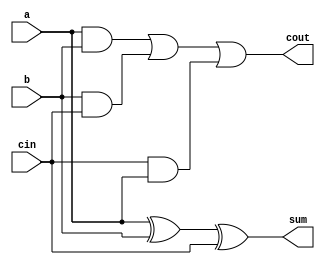
`timescale 1ns / 1ps
//////////////////////////////////////////////////////////////////////////////////
// Company: 
// Engineer: 
// 
// Design Name: 
// Module Name:    two-bit-adder 
// Project Name: 
// Target Devices: 
// Tool versions: 
// Description: 
//
// Dependencies: 
//
// Revision: 
// Revision 0.01 - File Created
// Additional Comments: 
//
//////////////////////////////////////////////////////////////////////////////////

module full_adder(a, b, cin, sum, cout
);
	input a;
	input b;
	input cin;
	output sum;
	wire sum;
	output cout;
	wire cout;
	assign sum = a^b^cin;
	assign cout = (a & b) | (b & cin) | (cin & a);
endmodule

module two_bit_adder(x,y,z,carry
    );
	input [1:0] x;
	input [1:0] y;
	output [1:0] z;
	wire [1:0] z;
	output carry;
	wire carry;
	wire carry0;
	full_adder FA0 (x[0], y[0], 1'b0, z[0], carry0);
	full_adder FA1 (x[1], y[1], carry0, z[1], carry);

endmodule